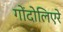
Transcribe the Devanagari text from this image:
गोंदोलिएरे